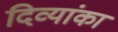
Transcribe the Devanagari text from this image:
दिव्यांका